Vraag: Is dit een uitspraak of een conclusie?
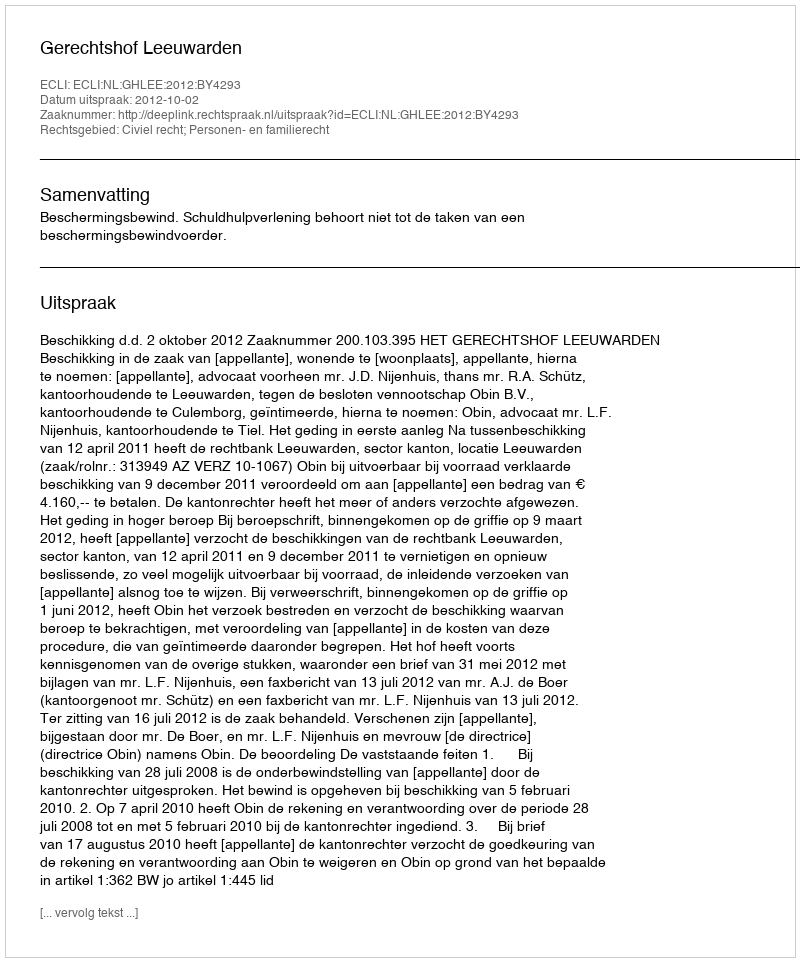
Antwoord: Uitspraak